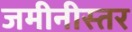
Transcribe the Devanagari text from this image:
जमीनीस्तर